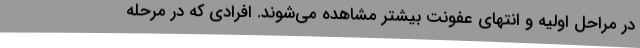
در مراحل اولیه و انتهای عفونت بیشتر مشاهده می‌شوند. افرادی که در مرحله